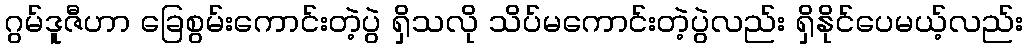
ဂွမ်ဒူဇီဟာ ခြေစွမ်းကောင်းတဲ့ပွဲ ရှိသလို သိပ်မကောင်းတဲ့ပွဲလည်း ရှိနိုင်ပေမယ့်လည်း